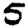
Digit: 5